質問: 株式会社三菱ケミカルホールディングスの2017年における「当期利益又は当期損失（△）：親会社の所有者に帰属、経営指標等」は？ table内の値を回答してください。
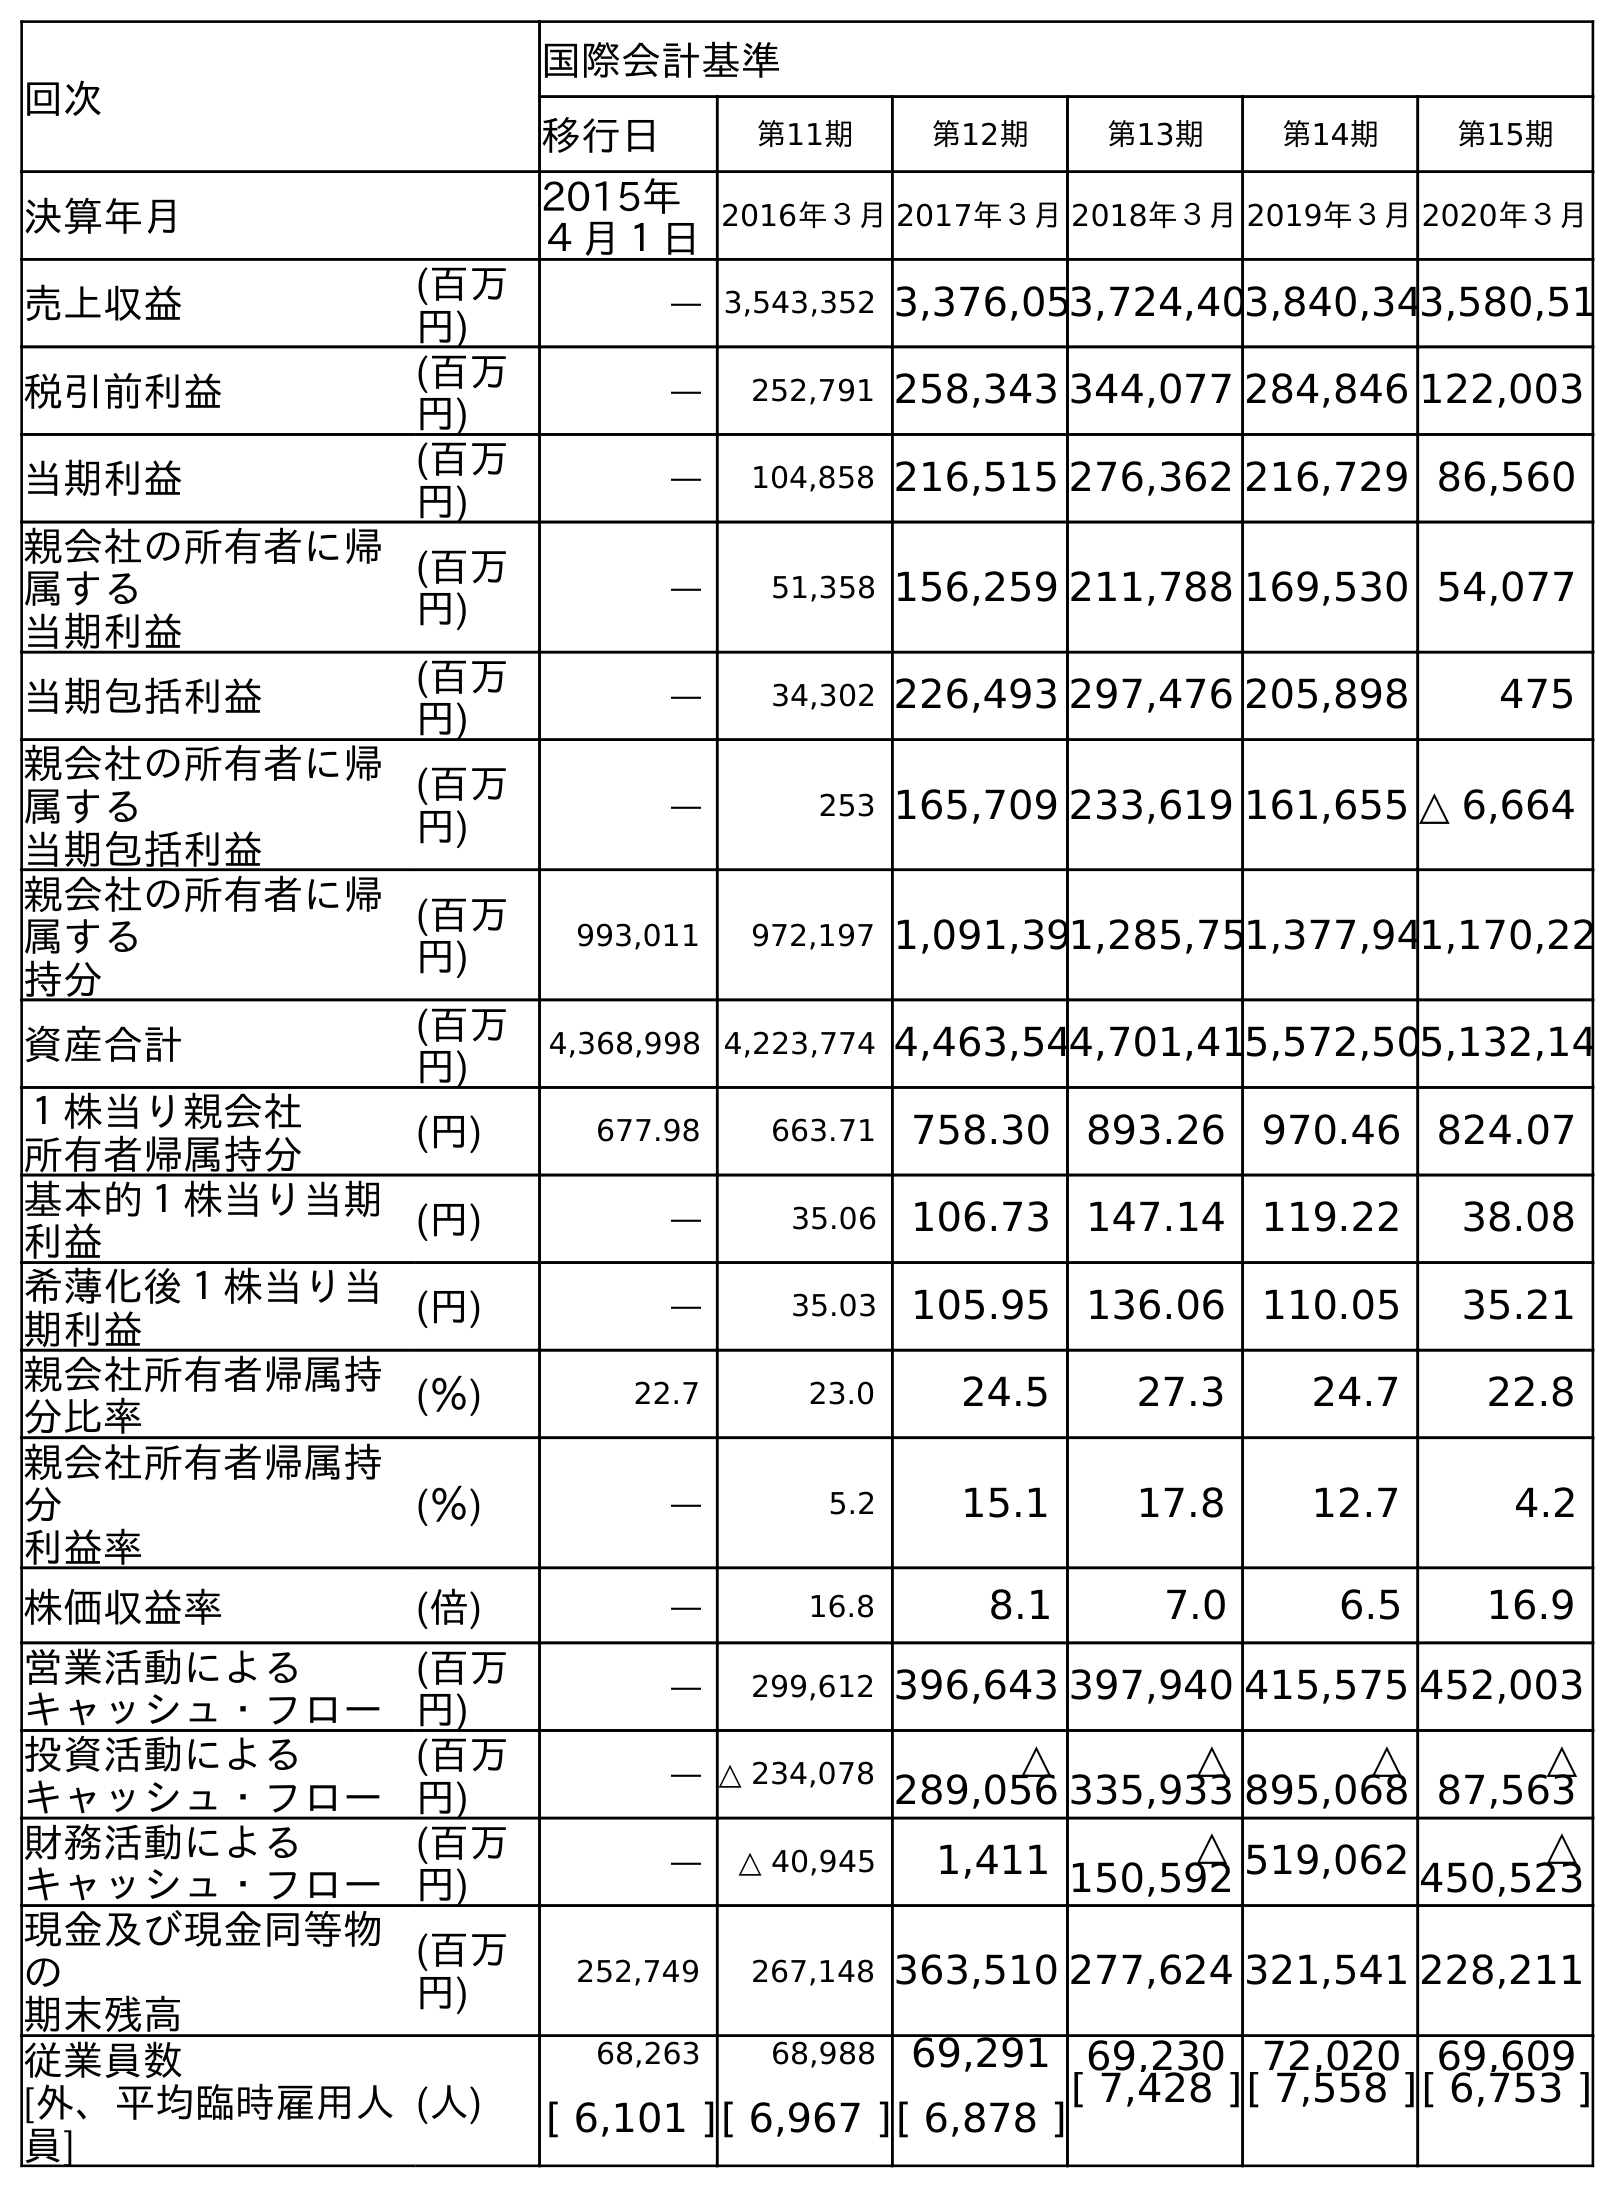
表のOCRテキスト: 回次 国際会計基準 移行日 第11期 第12期 第13期 第14期 第15期 決算年月 2015年 ４月１日 2016年３月2017年３月2018年３月2019年３月2020年３月 売上収益 (百万 円) ― 3,543,352 3,376,053,724,403,840,343,580,51 税引前利益 (百万 円) ― 252,791 258,343 344,077 284,846 122,003 当期利益 (百万 円) ― 104,858 216,515 276,362 216,729 86,560 親会社の所有者に帰 属する 当期利益 (百万 円) ― 51,358 156,259 211,788 169,530 54,077 当期包括利益 (百万 円) ― 34,302 226,493 297,476 205,898 475 親会社の所有者に帰 属する 当期包括利益 (百万 円) ― 253 165,709 233,619 161,655 △ 6,664 親会社の所有者に帰 属する 持分 (百万 円) 993,011 972,197 1,091,391,285,751,377,941,170,22 資産合計 (百万 円) 4,368,998 4,223,774 4,463,544,701,415,572,505,132,14 １株当り親会社 所有者帰属持分 (円) 677.98 663.71 758.30 893.26 970.46 824.07 基本的１株当り当期 利益 (円) ― 35.06 106.73 147.14 119.22 38.08 希薄化後１株当り当 期利益 (円) ― 35.03 105.95 136.06 110.05 35.21 親会社所有者帰属持 分比率 (％) 22.7 23.0 24.5 27.3 24.7 22.8 親会社所有者帰属持 分 利益率 (％) ― 5.2 15.1 17.8 12.7 4.2 株価収益率 (倍) ― 16.8 8.1 7.0 6.5 16.9 営業活動による キャッシュ・フロー (百万 円) ― 299,612 396,643 397,940 415,575 452,003 投資活動による キャッシュ・フロー (百万 円) ― △ 234,078 △ 289,056 △ 335,933 △ 895,068 △ 87,563 財務活動による キャッシュ・フロー (百万 円) ― △ 40,945 1,411 △ 150,592 519,062 △ 450,523 現金及び現金同等物 の 期末残高 (百万 円) 252,749 267,148 363,510 277,624 321,541 228,211 従業員数 [外、平均臨時雇用人 員] (人) 68,263 68,988 69,291 69,230 72,020 69,609 [ 6,101 ][ 6,967 ][ 6,878 ][ 7,428 ][ 7,558 ][ 6,753 ]
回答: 156,259